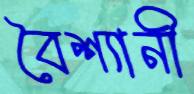
বৈশ্যানী